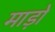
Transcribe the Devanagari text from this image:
माड़ो